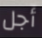
أجل